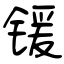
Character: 锾